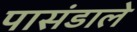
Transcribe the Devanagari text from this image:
पासंडाले